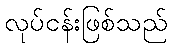
လုပ်ငန်းဖြစ်သည်